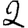
Digit: 2